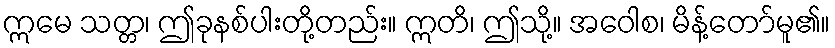
ဣမေ သတ္တ၊ ဤခုနစ်ပါးတို့တည်း။ ဣတိ၊ ဤသို့။ အဝေါစ၊ မိန့်တော်မူ၏။